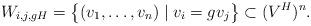
LaTeX: \begin{align*}W_{i,j,gH}=\big\{(v_1,\dots, v_n) \mid v_i=gv_j\big\}\subset (V^H)^n.\end{align*}